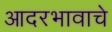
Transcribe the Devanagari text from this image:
आदरभावाचे